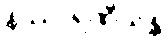
နိဿာရဏီယန္တိ